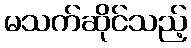
မသက်ဆိုင်သည့်